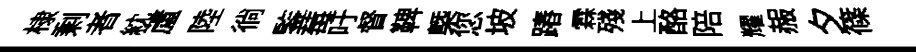
棣剩者紞蘆陸徜鍳莓吁督鞞㮣您坡蹖霖殘上酪陪耀赧夕篠